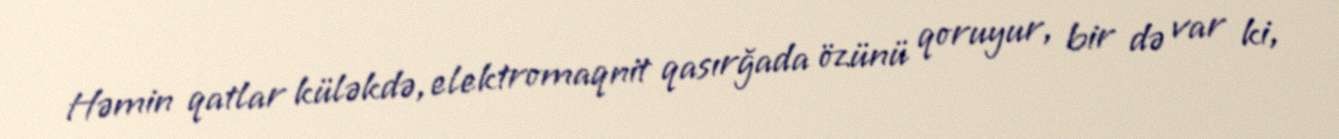
Həmin qatlar küləkdə, elektromaqnit qasırğada özünü qoruyur, bir də var ki,